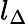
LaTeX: l_{\Delta}